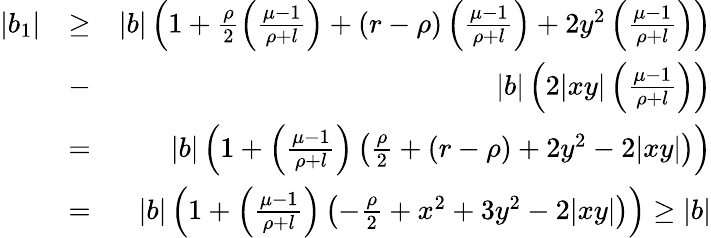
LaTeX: \begin{array}{rlr}{|b_{1}|}&{\geq}&{|b|\left(1+\frac{\rho}{2}\left(\frac{\mu-1}{\rho+l}\right)+(r-\rho)\left(\frac{\mu-1}{\rho+l}\right)+2y^{2}\left(\frac{\mu-1}{\rho+l}\right)\right)}\\ &{-}&{|b|\left(2|xy|\left(\frac{\mu-1}{\rho+l}\right)\right)}\\ &{=}&{|b|\left(1+\left(\frac{\mu-1}{\rho+l}\right)\left(\frac{\rho}{2}+(r-\rho)+2y^{2}-2|xy|\right)\right)}\\ &{=}&{|b|\left(1+\left(\frac{\mu-1}{\rho+l}\right)\left(-\frac{\rho}{2}+x^{2}+3y^{2}-2|xy|\right)\right)\geq|b|}\end{array}